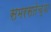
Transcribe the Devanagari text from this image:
समरसतेच्या